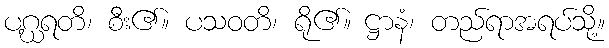
ပဂ္ဃရတိ၊ စီး၏။ ပသဝတိ၊ ရို၏။ ဋ္ဌာနံ၊ တည်ရာအရပ်သို့။